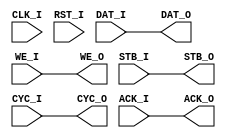
`timescale 1ns / 1ps
//////////////////////////////////////////////////////////////////////////////////
// Company: 
// Engineer: 
// 
// Design Name: 
// Module Name:    Interface_BB 
// Project Name: 
// Target Devices: 
// Tool versions: 
// Description: 
//
// Dependencies: 
//
// Revision: 
// Revision 0.01 - File Created
// Additional Comments: 
//
//////////////////////////////////////////////////////////////////////////////////
module Interface_BB(
   input 			CLK_I, RST_I,
	input [31:0] 	DAT_I,					// DAT_I_Im[31:16] DAT_I_Re[15:0] in format 5.11
	input 			WE_I, STB_I, CYC_I,
	output			ACK_O,
	
	output [31:0]	DAT_O,				// DAT_O_Im[31:16] DAT_O_Re[15:0] in format 5.11
	output			CYC_O, STB_O,
	output 			WE_O,
	input				ACK_I	
    );

assign DAT_O = DAT_I;
assign WE_O  = WE_I;
assign STB_O = STB_I;
assign CYC_O = CYC_I;
assign ACK_O = ACK_I;
endmodule